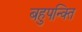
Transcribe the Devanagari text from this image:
बहुपन्क्ति